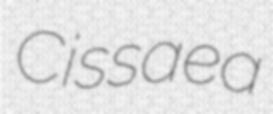
Cissaea